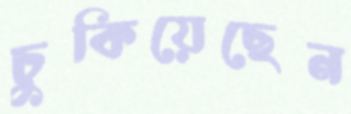
চুকিয়েছেন